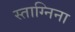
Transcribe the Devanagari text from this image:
स्ताग्निना